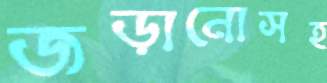
জড়ানোসহ